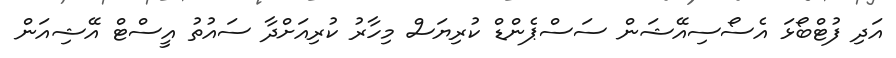
އަދި ފުޓްބޯޅަ އެސޯސިއޭޝަން ސަސްޕެންޑް ކުރިޔަސް މިހާރު ކުރިއަށްދާ ސައުތު އީސްޓް އޭޝިއަން